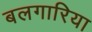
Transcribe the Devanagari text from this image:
बलगारिया